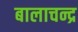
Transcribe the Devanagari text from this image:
बालाचन्द्र